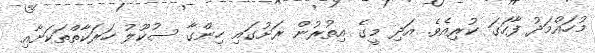
މުހައްމަދު ފާހަގަ ކުރިއެވެ. އަދި މީގެ އިތުރުން ރަށުގައި ހިންގާ ސުކޫލު ހަރަކާތްތަކަށާއި